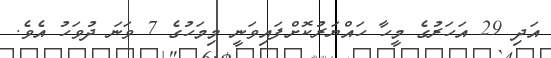
އަދި 29 އަހަރުގެ މީހާ ހައްޔަރުކޮށްފައިވަނީ މިމަހުގެ 7 ވަނަ ދުވަހު އެވެ.